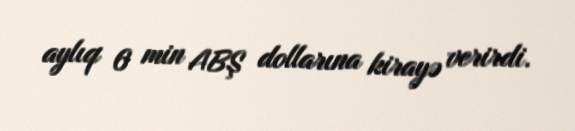
aylıq 6 min ABŞ dollarına kirayə verirdi.